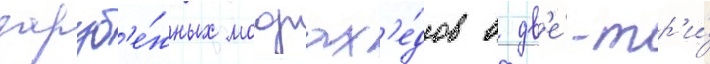
заруб'е́жных моджах'е́дов в дв'е́-тр'и́